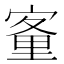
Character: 𡪂